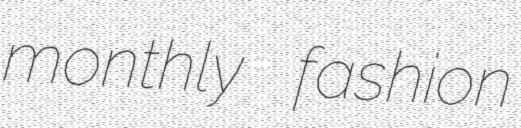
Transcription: monthly fashion